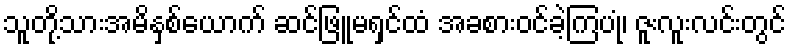
သူတို့သားအမိနှစ်ယောက် ဆင်ဖြူမရှင်ထံ အခစားဝင်ခဲ့ကြပုံ၊ ဇူးလူးလင်းတွင်